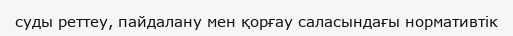
суды реттеу, пайдалану мен қорғау саласындағы нормативтік